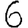
Digit: 6